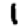
Digit: 1